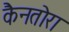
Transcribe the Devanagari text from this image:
कैनतोरा